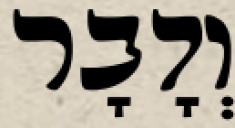
וְדָבָר